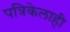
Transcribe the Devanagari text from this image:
पत्रिकेलाही